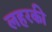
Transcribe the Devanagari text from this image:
लहरकी